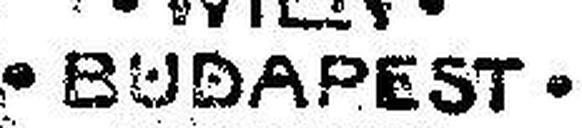
• BUDAPEST •